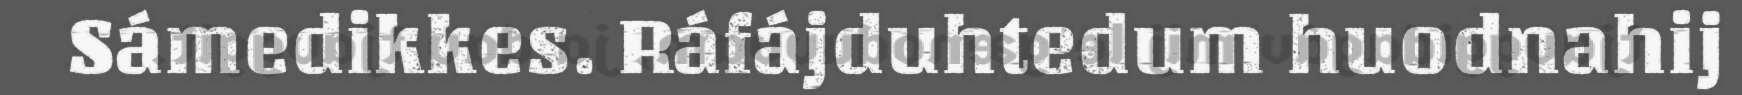
Sámedikkes. Ráfájduhtedum huodnahij